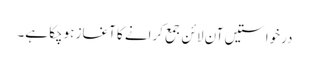
درخواستیں آن لائن جمع کرانے کا آغاز ہوچکا ہے۔